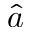
\hat { a }